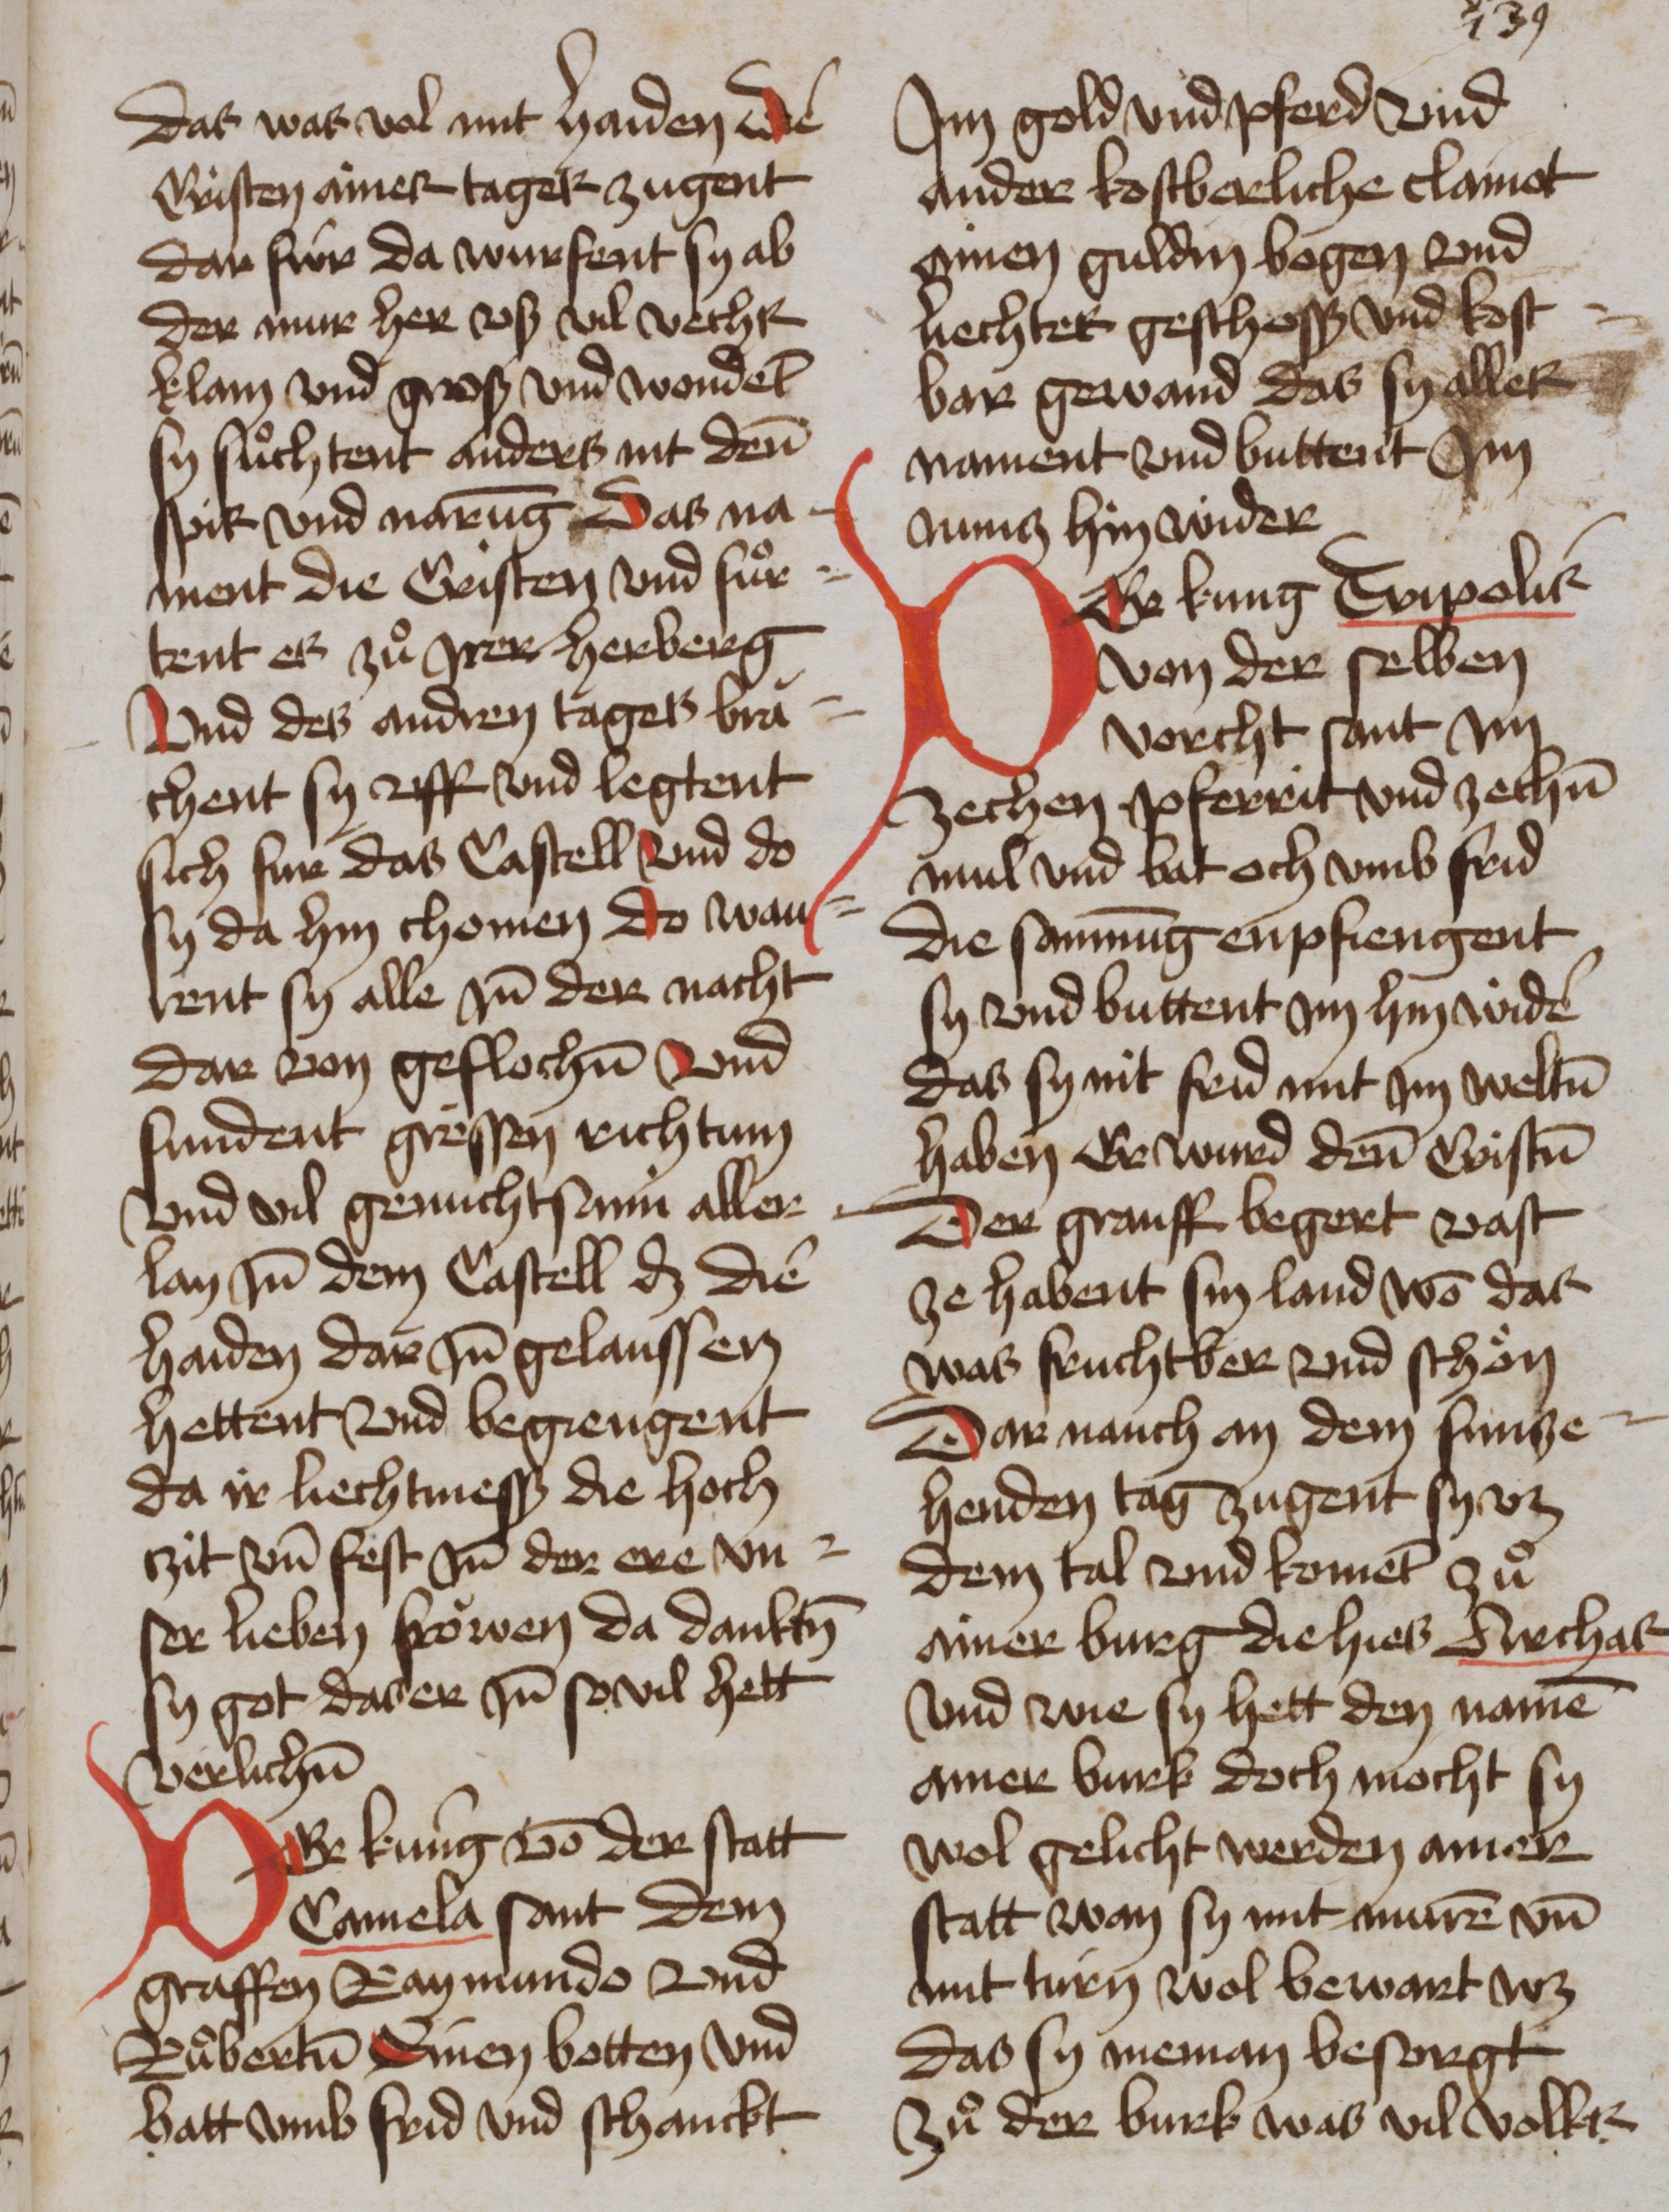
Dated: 1465–1465